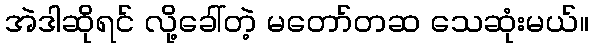
အဲဒါဆိုရင် လို့ခေါ်တဲ့ မတော်တဆ သေဆုံးမယ်။